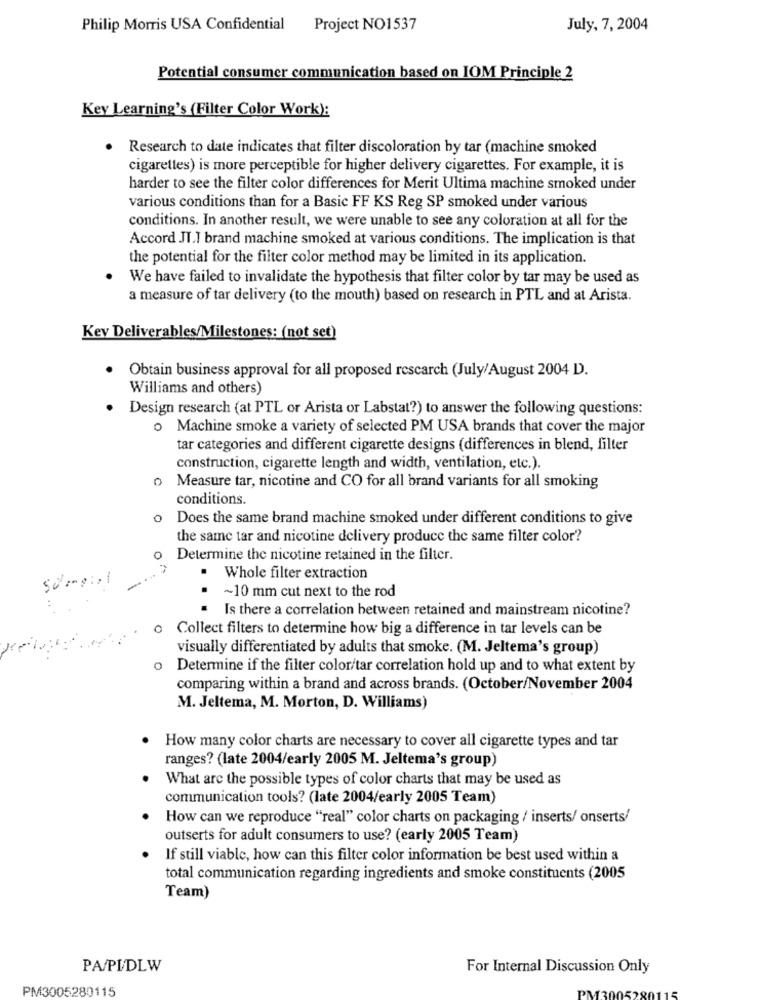
Philip Morris USA Confidential
Project NO1537
July, 7, 2004
Potential consumer communication based on IOM Principle 2
Key Learning's (Filter Color Work):
. Research to date indicates that filter discoloration by tar (machine smoked
cigarettes) is more perceptible for higher delivery cigarettes. For example, it is
harder to see the filter color differences for Merit Ultima machine smoked under
various conditions than for a Basic FF KS Reg SP smoked under various
conditions. In another result, we were unable to see any coloration at all for the
Accord JI.I brand machine smoked at various conditions. The implication is that
the potential for the filter color method may be limited in its application.
We have failed to invalidate the hypothesis that filter color by tar may be used as
a measure of tar delivery (to the mouth) based on research in PTL and at Arista.
Kev Deliverables/Milestones: (not set)
Obtain business approval for all proposed rescarch (July/August 2004 D.
Williams and others)
Design research (at PTL or Arista or Labstat?) to answer the following questions:
o Machine smoke a variety of selected PM USA brands that cover the major
tar categories and different cigarette designs (differences in blend, filter
construction, cigarette length and width, ventilation, etc.).
0
Measure tar, nicotine and CO for all brand variants for all smoking
conditions.
Does the same brand machine smoked under different conditions to give
the same tar and nicotine delivery produce the same filter color?
0
Determine the nicotine retained in the filter.
scangia
Whole filter extraction
~10 mm cut next to the rod
.
Is there a correlation between retained and mainstream nicotine?
o Collect filters to determine how big a difference in tar levels can be
visually differentiated by adults that smoke. (M. Jeltema's group)
Determine if the filter color/tar correlation hold up and to what extent by
comparing within a brand and across brands. (October/November 2004
M. Jeltema, M. Morton, D. Williams)
How many color charts are necessary to cover all cigarette types and tar
ranges? (late 2004/early 2005 M. Jeltema's group)
What are the possible types of color charts that may be used as
communication tools? (late 2004/early 2005 Team)
How can we reproduce "real" color charts on packaging / inserts/ onserts/
outserts for adult consumers to use? (early 2005 Team)
If still viable, how can this filter color information be best used within a
total communication regarding ingredients and smoke constituents (2005
Team)
PA/PI/DLW
For Internal Discussion Only
PM3005280115